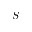
S